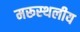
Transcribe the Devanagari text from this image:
मरूस्‍थलीय